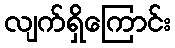
လျက်ရှိကြောင်း